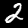
Digit: 2